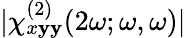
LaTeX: \lvert\chi_{x\mathbf{y}\mathbf{y}}^{(2)}(2\omega;\omega,\omega)\rvert